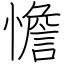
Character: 憺